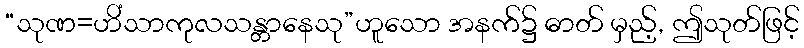
“သုဏ=ဟိံသာကုလသန္တာနေသု”ဟူသော အနက်၌ ဓာတ် မှည့်, ဤသုတ်ဖြင့်